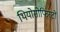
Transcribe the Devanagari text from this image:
थियोसोफिस्टों